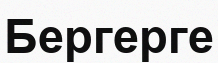
Бергерге